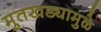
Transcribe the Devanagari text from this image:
मुतखड्यामुळे